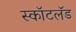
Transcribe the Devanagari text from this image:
स्कॉटलॅंड